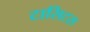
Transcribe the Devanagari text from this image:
टासिटस